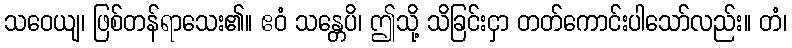
သဝေယျ၊ ဖြစ်တန်ရာသေး၏။ ဧဝံ သန္တေပိ၊ ဤသို့ သိခြင်းငှာ တတ်ကောင်းပါသော်လည်း။ တံ၊